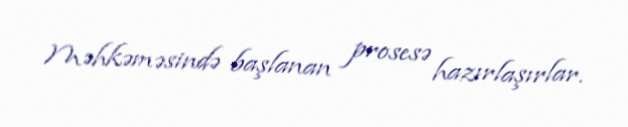
Məhkəməsində başlanan prosesə hazırlaşırlar.